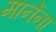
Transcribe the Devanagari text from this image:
मानेंना